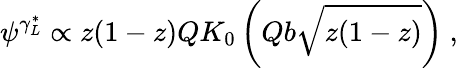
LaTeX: \psi^{\gamma_{L}^{*}}\propto z(1-z)QK_{0}\left(Qb\sqrt{z(1-z)}\right)\ ,